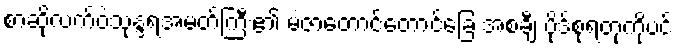
စာဆိုလက်ဝဲသုန္ဒရအမတ်ကြီး၏ မဲဇာတောင်တောင်ခြေ အစချီ ပိုဒ်စုံရတုကိုပင်